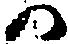
か